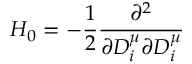
H _ { 0 } = - \frac { 1 } { 2 } \frac { \partial ^ { 2 } } { \partial D _ { i } ^ { \mu } \partial D _ { i } ^ { \mu } }